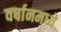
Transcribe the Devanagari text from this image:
वर्षानमध्ये